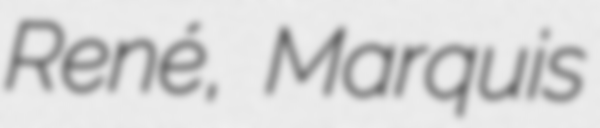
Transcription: René, Marquis